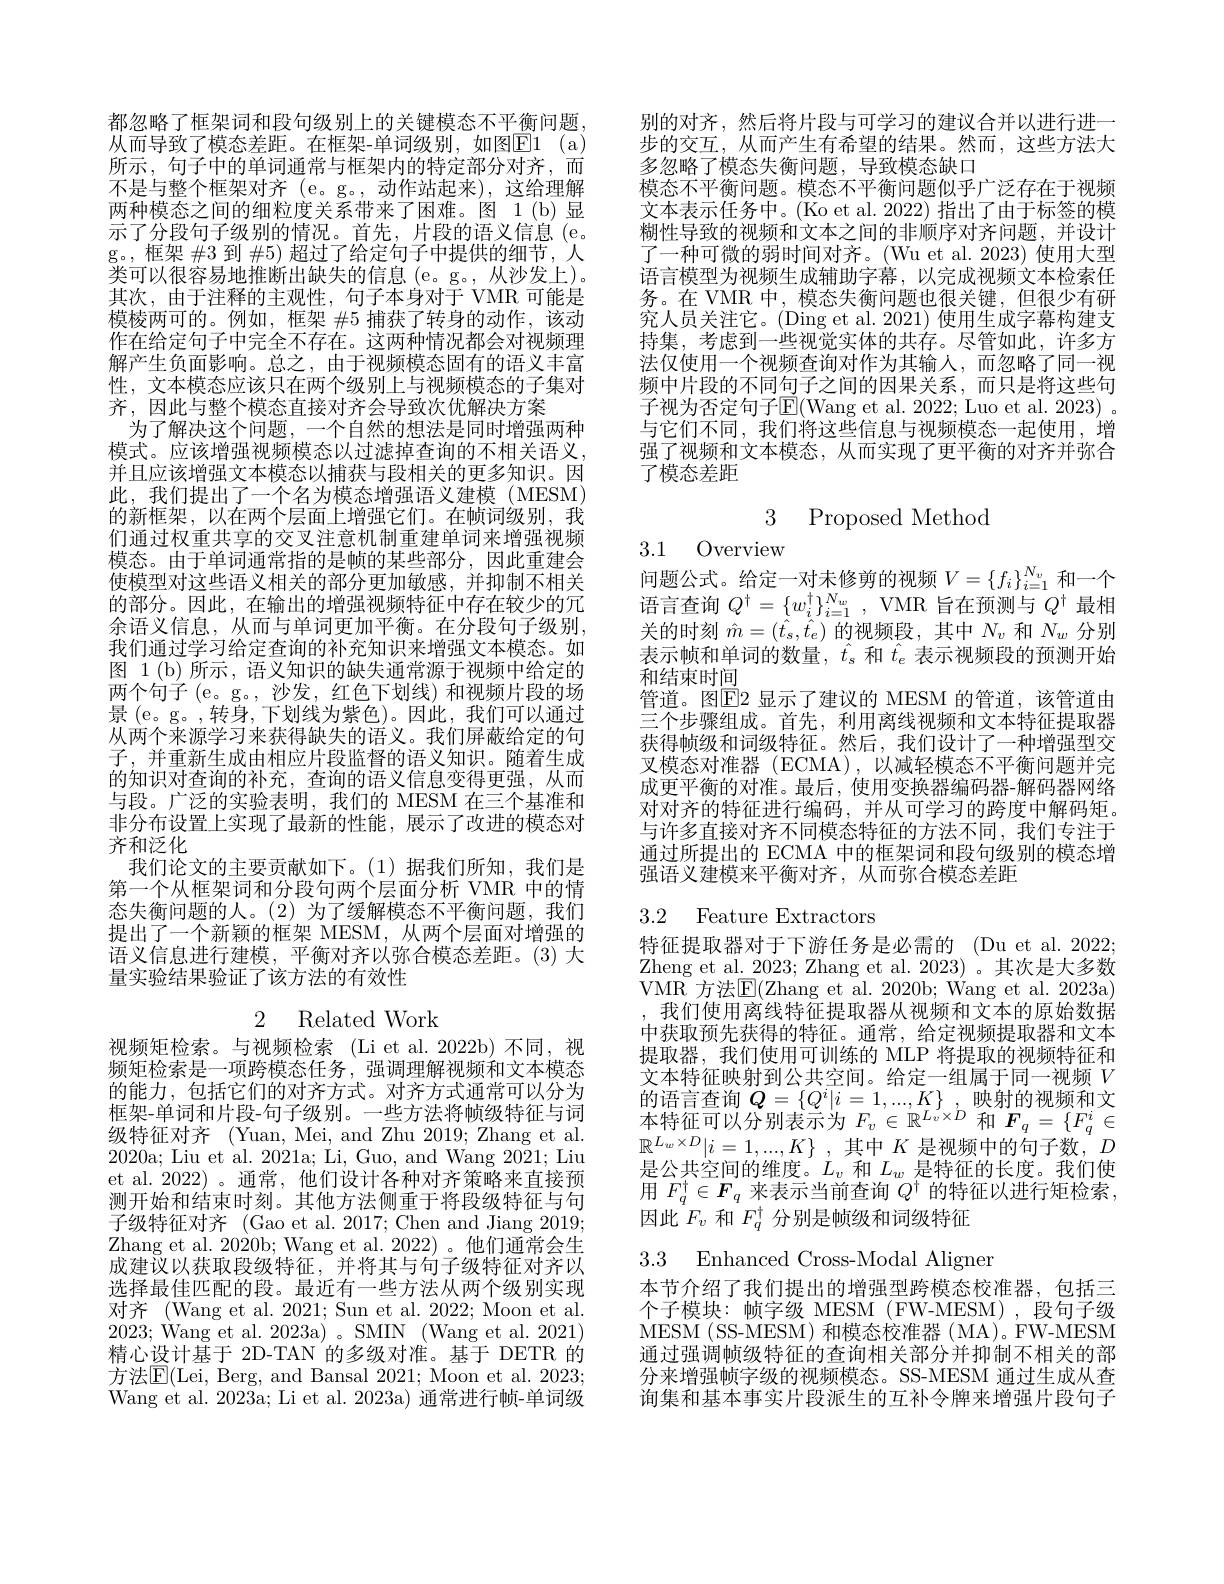
都忽略了框架词和段句级别上的关键模态不平衡问题从而导致了模态差距。在框架-单词级别，如图E1(a) 所示，句子中的单词通常与框架内的特定部分对齐，而不是与整个框架对齐 (e。g。,动作站起来),这给理解两种模态之间的细粒度关系带来了困难。图 1(b)显示了分段句子级别的情况。首先，片段的语义信息(e. g。, 框架 #3 到 #5)超过了给定句子中提供的细节，人类可以很容易地推断出缺失的信息(e。g。,从沙发上)。其次，由于注释的主观性，句子本身对于 VMR 可能是模棱两可的。例如，框架 #5 捕获了转身的动作，该动作在给定句子中完全不存在。这两种情况都会对视频理解产生负面影响。总之，由于视频模态固有的语义丰富性，文本模态应该只在两个级别上与视频模态的子集对齐，因此与整个模态直接对齐会导致次优解决方案
为了解决这个问题，一个自然的想法是同时增强两种模式。应该增强视频模态以过滤掉查询的不相关语义， 并且应该增强文本模态以捕获与段相关的更多知识。因此，我们提出了一个名为模态增强语义建模(MESM) 的新框架，以在两个层面上增强它们。在帧词级别，我们通过权重共享的交叉注意机制重建单词来增强视频模态。由于单词通常指的是帧的某些部分，因此重建会使模型对这些语义相关的部分更加敏感，并抑制不相关的部分。因此，在输出的增强视频特征中存在较少的冗余语义信息，从而与单词更加平衡。在分段句子级别， 我们通过学习给定查询的补充知识来增强文本模态。如图 1 (b) 所示，语义知识的缺失通常源于视频中给定的两个句子(e。g。, 沙发，红色下划线) 和视频片段的场景 (e。g。,转身，下划线为紫色)。因此，我们可以通过从两个来源学习来获得缺失的语义。我们屏蔽给定的句子，并重新生成由相应片段监督的语义知识。随着生成的知识对查询的补充，查询的语义信息变得更强，从而与段。广泛的实验表明，我们的 MESM 在三个基准和非分布设置上实现了最新的性能，展示了改进的模态对齐和泛化
我们论文的主要贡献如下。(1)据我们所知，我们是第一个从框架词和分段句两个层面分析 VMR 中的情态失衡问题的人。(2)为了缓解模态不平衡问题，我们提出了一个新颖的框架 MESM,从两个层面对增强的语义信息进行建模，平衡对齐以弥合模态差距。(3)大量实验结果验证了该方法的有效性
2 Related Work

视频矩检索。与视频检索(Li et al.2022b)不同，视频矩检索是一项跨模态任务，强调理解视频和文本模态的能力，包括它们的对齐方式。对齐方式通常可以分为框架-单词和片段-句子级别。一些方法将帧级特征与词级特征对齐 (Yuan, Mei, and Zhu 2019; Zhang et al. 2020a; Liu et al. 2021a; Li, Guo, and Wang 2021; Liu et al. 2022)。通常，他们设计各种对齐策略来直接预测开始和结束时刻。其他方法侧重于将段级特征与句子级特征对齐 (Gao et al. 2017; Chen and Jiang 2019; Zhang et al. 2020b; Wang et al. 2022)。他们通常会生成建议以获取段级特征，并将其与句子级特征对齐以选择最佳匹配的段。最近有一些方法从两个级别实现对齐 (Wang et al. 2021; Sun et al. 2022; Moon et al. 2023; Wang et al. 2023a) 。SMIN (Wang et al. 2021) 精心设计基于 2D-TAN 的多级对准。基于 DETR 的方法E(Lei, Berg, and Bansal 2021; Moon et al. 2023; Wang et al. 2023a; Li et al. 2023a) 通常进行帧-单词级

别的对齐，然后将片段与可学习的建议合并以进行进一步的交互，从而产生有希望的结果。然而，这些方法大多忽略了模态失衡问题，导致模态缺口
模态不平衡问题。模态不平衡问题似乎广泛存在于视频文本表示任务中。(Ko et al. 2022) 指出了由于标签的模糊性导致的视频和文本之间的非顺序对齐问题，并设计了一种可微的弱时间对齐。(Wu et al. 2023) 使用大型语言模型为视频生成辅助字幕，以完成视频文本检索任务。在 VMR 中，模态失衡问题也很关键，但很少有研究人员关注它。(Ding et al. 2021) 使用生成字幕构建支持集，考虑到一些视觉实体的共存。尽管如此，许多方法仅使用一个视频查询对作为其输入，而忽略了同一视频中片段的不同句子之间的因果关系，而只是将这些句子视为否定句子$\operatorname{E}($Wang et al. 2022; Luo et al. 2023)。与它们不同，我们将这些信息与视频模态一起使用，增强了视频和文本模态，从而实现了更平衡的对齐并弥合了模态差距

3 Proposed Method

3.1 Overview

问题公式。给定一对未修剪的视频$V=\{f_i\}_{i=1}^{N_v}$和一个语言查询$Q^\dagger=\{w_i^\dagger\}_{i=1}^{N_w}$, VMR 旨在预测与$Q^\dagger$最相关的时刻$\hat{m}=(\hat{t}_s,\hat{t}_e)$的视频段，其中$N_v$和$N_w$分别表示帧和单词的数量，$\hat{t}_s$ 和$\hat{t}_e$ 表示视频段的预测开始和结束时间
管道。图$\mathbb{E}$2 显示了建议的 MESM 的管道，该管道由三个步骤组成。首先，利用离线视频和文本特征提取器获得帧级和词级特征。然后，我们设计了一种增强型交叉模态对准器 (ECMA),以减轻模态不平衡问题并完成更平衡的对准。最后，使用变换器编码器-解码器网络对对齐的特征进行编码，并从可学习的跨度中解码矩。与许多直接对齐不同模态特征的方法不同，我们专注于通过所提出的 ECMA 中的框架词和段句级别的模态增强语义建模来平衡对齐，从而弥合模态差距

## 3.2 Feature Extractors

特征提取器对于下游任务是必需的 (Du et al. 2022; Zheng et al. 2023; Zhang et al. 2023)。其次是大多数VMR 方法E$( Zhang et al. 2020b; Wang et al. 2023a)$
我们使用离线特征提取器从视频和文本的原始数据中获取预先获得的特征。通常，给定视频提取器和文本提取器，我们使用可训练的 MLP 将提取的视频特征和文本特征映射到公共空间。给定一组属于同一视频$V$ 的 语 言 查 询 $Q= \{ Q^{i}| i= 1, . . . , K\}$ 映 射 的 视 频 和 文 本 特 征 可 以 分 别 表 示 为 $F_{v}\in \mathbb{R} ^{L_{v}\times D}$ 和 $F_{q}= \{ F_{q}^{i}\in$ $\mathbb{R} ^{L_{w}\times D}| i= 1, . . . , K\}$ ,其 中 $K$ 是 视 频 中 的 句 子 数 , $D$ 是公共空间的维度。$L_v$和$L_w$是特征的长度。我们使用$F_q^\dagger\in F_q$来表示当前查询$Q^\dagger$的特征以进行矩检索， 因此$F_v$和$F_q^\dagger$分别是帧级和词级特征

3.3 Enhanced Cross-Modal Aligner

本节介绍了我们提出的增强型跨模态校准器，包括三个子模块：帧字级 MESM (FW-MESM),段句子级MESM (SS-MESM) 和模态校准器 (MA)。FW-MESM 通过强调帧级特征的查询相关部分并抑制不相关的部分来增强帧字级的视频模态。SS-MESM 通过生成从查询集和基本事实片段派生的互补令牌来增强片段句子